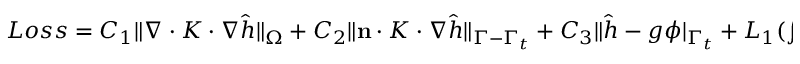
\begin{array} { r } { L o s s = C _ { 1 } \| \nabla \cdot K \cdot \nabla \hat { h } \| _ { \Omega } + C _ { 2 } \| \mathbf { n } \cdot K \cdot \nabla \hat { h } \| _ { \Gamma - \Gamma _ { t } } + C _ { 3 } \| \hat { h } - g \phi | _ { \Gamma _ { t } } + L _ { 1 } ( \int _ { \Gamma _ { t } } \mathbf { n } \cdot ( K \cdot \nabla h ) d s ) ^ { 2 } , } \end{array}